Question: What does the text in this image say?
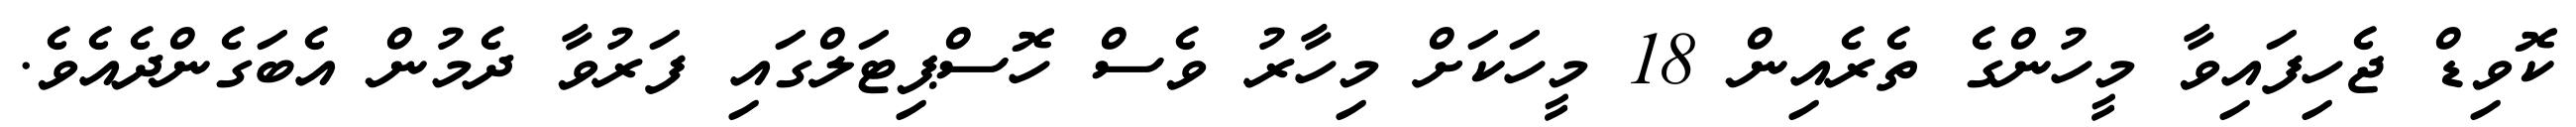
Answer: ކޮވިޑް ޖެހިފައިވާ މީހުންގެ ތެރެއިން 18 މީހަކަށް މިހާރު ވެސް ހޮސްޕިޓަލްގައި ފަރުވާ ދެމުން އެބަގެންދެއެވެ.